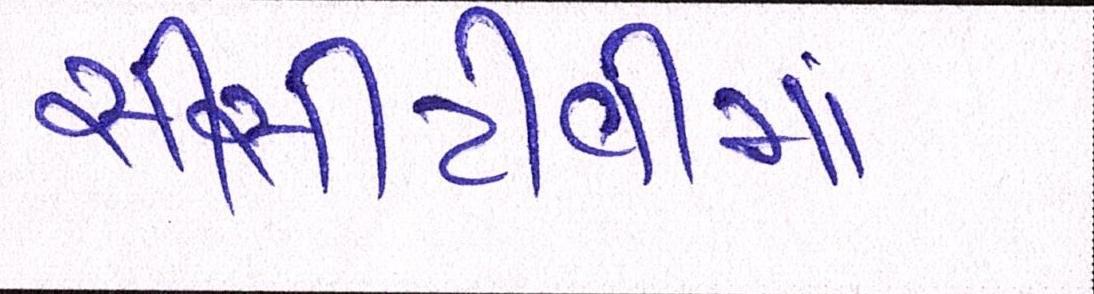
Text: સીસીટીવીમાં